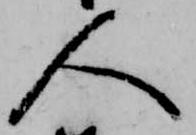
人